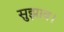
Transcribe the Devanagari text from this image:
सुझाव।